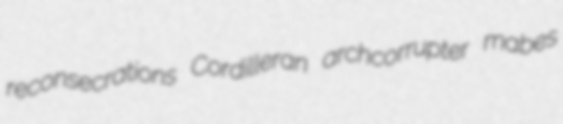
reconsecrations Cordilleran archcorrupter mabes